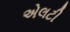
એલટી